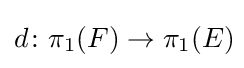
d\colon \pi _{1}(F)\rightarrow \pi _{1}(E)\!